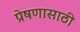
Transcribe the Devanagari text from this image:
प्रेषणासाठी